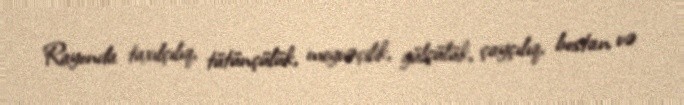
Rayonda taxılçılıq, tütünçülük, meyvəçilik, gülçülük, çayçılıq, bostan və